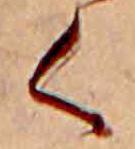
く